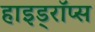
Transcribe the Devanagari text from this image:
हाइड्रॉप्स